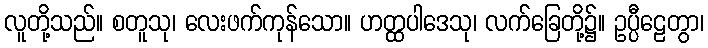
လူတို့သည်။ စတူသု၊ လေးဖက်ကုန်သော။ ဟတ္ထပါဒေသု၊ လက်ခြေတို့၌။ ဥပ္ပီဠေတွာ၊